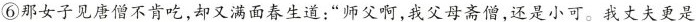
⑥那女子见唐僧不肯吃，却又满面春生道：“师父啊，我父母斋僧，还是小可。我丈夫更是